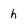
Character: h